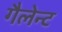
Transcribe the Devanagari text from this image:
गैलेन्ट